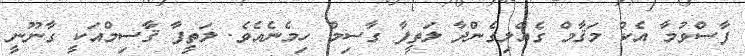
ފާސްވުމާ އެކު މަޤާމް ގެއްލިގެންދާ ލަތީފާ ގާސިމް ހިމެނެއެވެ. ލަތީފާ ޤާސިމްއަކީ ގާނޫނީ